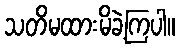
သတိမထားမိခဲ့ကြပါ။